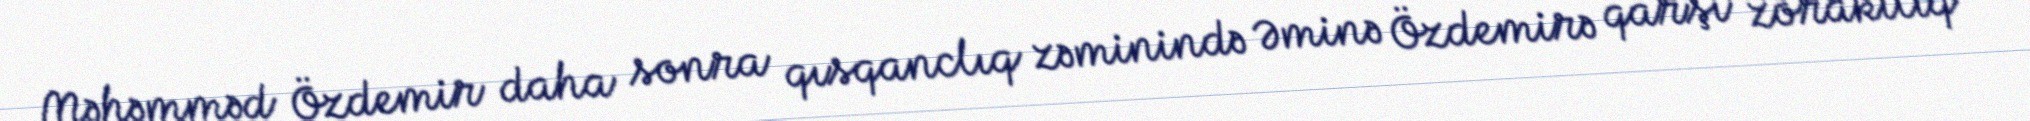
Məhəmməd Özdemir daha sonra qısqanclıq zəminində Əminə Özdemirə qarşı zorakılıq